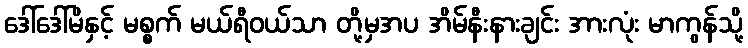
ဒေါ်ဒေါ်မိနှင့် မစ္စက် မယ်ရီဝယ်သာ တို့မှအပ အိမ်နီးနားချင်း အားလုံး မာကွန်သို့